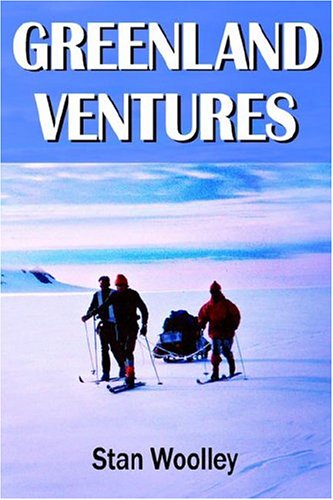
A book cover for Greenland Ventures; Stan Woolley; Travel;